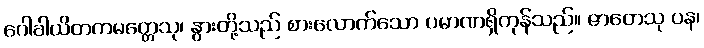
ဂေါခါယိတကမတ္တေသု၊ နွားတို့သည် စားလောက်သော ပမာဏရှိကုန်သည်။ ဇာတေသု ပန၊